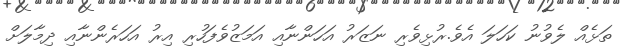
ތަޅެއް ލެވުނު ކަހަލަ އެވެ.ރުޅިވެރި ނަޒަރު އަހަންނާއި އަމަޒުވެފަހުރި އިރު އަހަރެންނާއި ދިމާލަށް